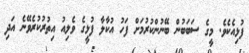
ފުޅިއެކެވެ. މީގެ ސަބަބުން ބޭނުންކުރުމަށް ފަހު އުކާލާ ފުޅީގެ ވެލިއު އިތުރުކުރެވޭނެ އަދި